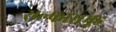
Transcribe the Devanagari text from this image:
सल्फासमूह